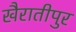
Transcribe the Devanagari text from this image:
खैरातीपुर